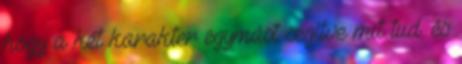
hogy a két karakter egymást segítve mit tud. és